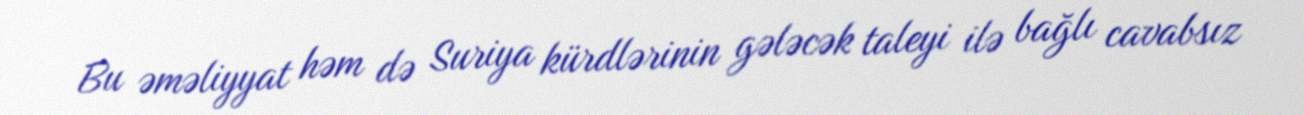
Bu əməliyyat həm də Suriya kürdlərinin gələcək taleyi ilə bağlı cavabsız